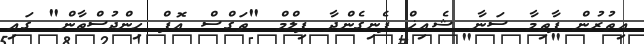
އިތުރުން ފާތިމާ ސަނާ ޝެއިޚް ފެނިގެންދާ ފިލްމް "ތަގްސް އޮފް ހިންދުސްތާން" ގައި